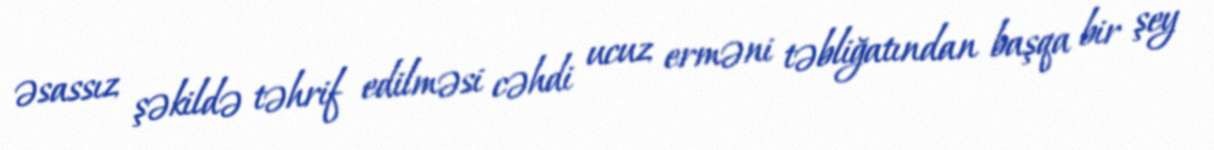
əsassız şəkildə təhrif edilməsi cəhdi ucuz erməni təbliğatından başqa bir şey